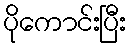
ပိုကောင်းပြီး